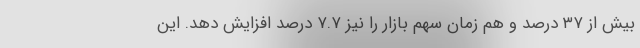
بیش از ۳۷ درصد و هم زمان سهم بازار را نیز ۷.۷ درصد افزایش دهد. این